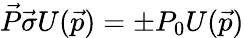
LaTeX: \vec{P}\vec{\sigma}U(\vec{p})=\pm P_{0}U(\vec{p})